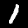
Digit: 1